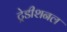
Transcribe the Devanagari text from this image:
ट्रेडीशनल